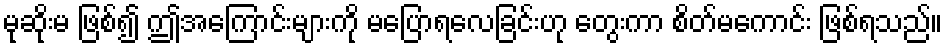
မုဆိုးမ ဖြစ်၍ ဤအကြောင်းများကို မပြောရလေခြင်းဟု တွေးကာ စိတ်မကောင်း ဖြစ်ရသည်။